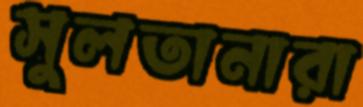
সুলতানারা